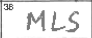
Transcription: MLS